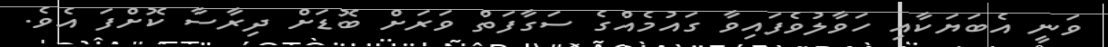
ވަނީ އެބަޔަކާއި ހަވާލުވެފައިވާ ގައުމެއްގެ ސަގާފަތް ވަރަށް ބޮޑަށް ދިރާސާ ކޮށްފަ އެވެ.